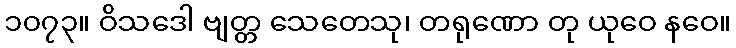
၁၀၇၃။ ဝိသဒေါ ဗျတ္တ သေတေသု၊ တရုဏော တု ယုဝေ နဝေ။